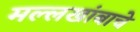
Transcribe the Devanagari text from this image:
मल्लखांबाचे